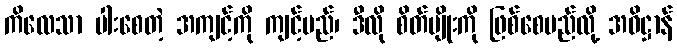
ကိလေသာ ပါးစေတဲ့ အကျင့်ကို ကျင့်မည်၊ ဒီလို စိတ်မျိုးကို ဖြစ်စေမည်လို့ အဓိဋ္ဌာန်